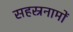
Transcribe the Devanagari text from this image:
सहस्रनामों